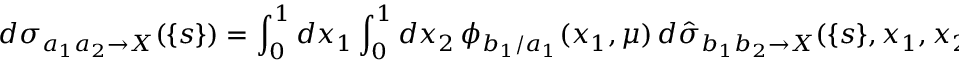
d \sigma _ { a _ { 1 } a _ { 2 } \to X } ( \{ s \} ) = \int _ { 0 } ^ { 1 } d x _ { 1 } \int _ { 0 } ^ { 1 } d x _ { 2 } \, \phi _ { b _ { 1 } / a _ { 1 } } ( x _ { 1 } , \mu ) \, d \hat { \sigma } _ { b _ { 1 } b _ { 2 } \to X } ( \{ s \} , x _ { 1 } , x _ { 2 } , \mu ) \, \phi _ { b _ { 2 } / a _ { 2 } } ( x _ { 2 } , \mu ) ,